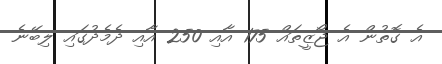
އެ ގޮތުން އެ ޖޯޒީތައް 175 އާއި 250 އާއި ދެމެދުގައި ލިބޭނެ